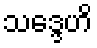
သဒ္ဒေဟိ